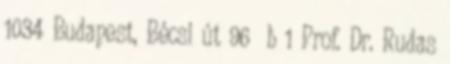
1034 Budapest, Bécsi út 96 b 1 Prof. Dr. Rudas